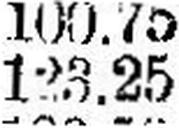
123.25